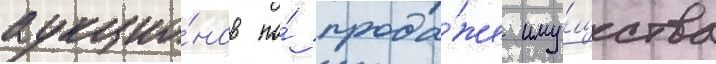
аукцио́нов по́ прода́же иму́щества